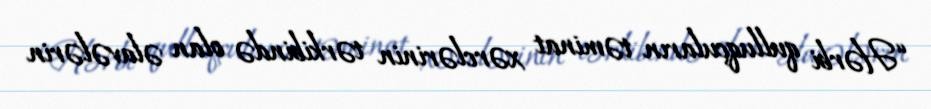
“Hərbi qulluqçuların təminat xərclərinin tərkibində olan əlavələrin